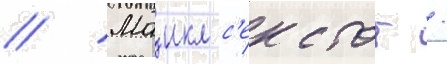
// Маикл с'екстон /